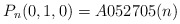
\begin{gather*}P_n(0,1,0) = A052705(n)\end{gather*}